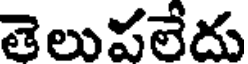
తెలుపలేదు